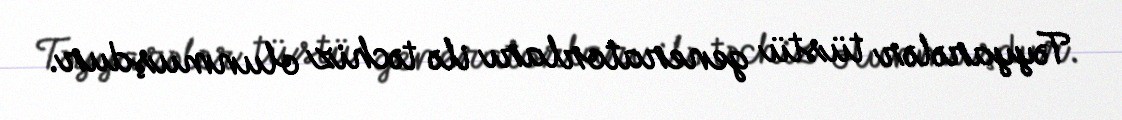
Təyyarələr tüstü generatorları ilə təchiz olunmuşdur.